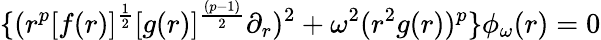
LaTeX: \{ (r^{p}[f(r)]^{{\frac{1}{2}}}[g(r)]^{\frac{(p-1)}{2}}\partial_{r})^{2}+\omega^{2}(r^{2}g(r))^{p}\} \phi_{\omega}(r)=0